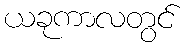
ယခုကာလတွင်